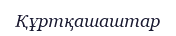
Құртқашаштар